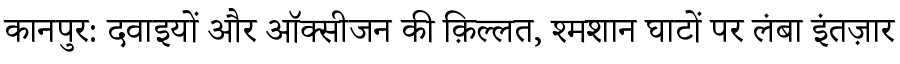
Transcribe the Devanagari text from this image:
कानपुर: दवाइयों और ऑक्सीजन की क़िल्लत, श्मशान घाटों पर लंबा इंतज़ार